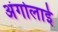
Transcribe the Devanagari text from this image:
अंगोलाई